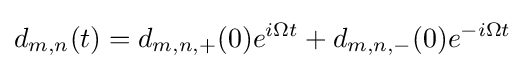
d_{m,n}(t)=d_{m,n,+}(0)e^{i\Omega t}+d_{m,n,-}(0)e^{-i\Omega t}